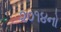
૨૦૧૪નો